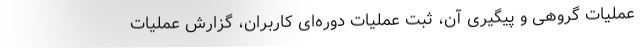
عملیات گروهی و پیگیری آن، ثبت عملیات دوره‌ای کاربران، گزارش عملیات